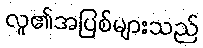
လူ၏အပြစ်များသည်